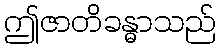
ဤဇာတိခန္ဓာသည်